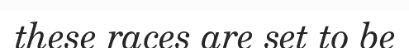
these races are set to be